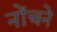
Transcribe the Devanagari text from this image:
नोंचने